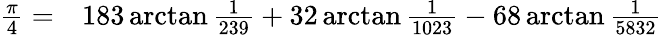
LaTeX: \begin{array}{rl}{{\frac{\pi}{4}}=}&{{}183\arctan{\frac{1}{239}}+32\arctan{\frac{1}{1023}}-68\arctan{\frac{1}{5832}}}\end{array}